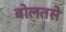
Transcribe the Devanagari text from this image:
बोलतसे